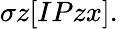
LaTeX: \sigma z[IPzx].